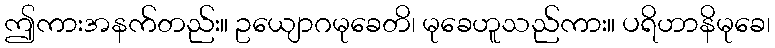
ဤကားအနက်တည်း။ ဥယျောဂမုခေတိ၊ မုခေဟူသည်ကား။ ပရိဟာနိမုခေ၊